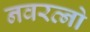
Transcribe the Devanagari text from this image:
नवरत्नो